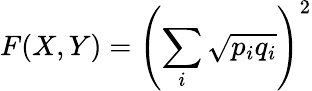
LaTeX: F(X,Y)=\left(\sum_{i}{\sqrt{p_{i}q_{i}}}\right)^{2}